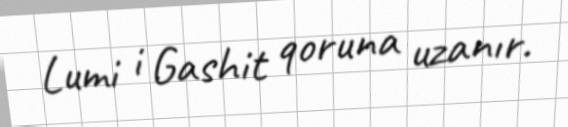
Lumi i Gashit qoruna uzanır.